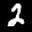
Label: 2